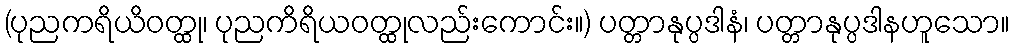
(ပုညကရိယိဝတ္ထု၊ ပုညကိရိယဝတ္ထုလည်းကောင်း။) ပတ္တာနုပ္ပဒါနံ၊ ပတ္တာနုပ္ပဒါနဟူသော။